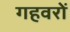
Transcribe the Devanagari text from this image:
गहवरों